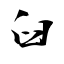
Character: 臼